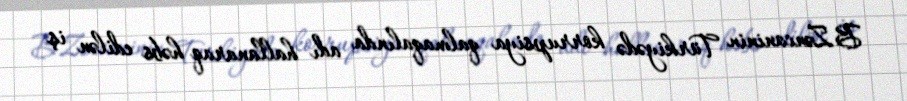
B.Zəncaninin Türkiyədə korrupsiya qalmaqalında adı hallanaraq həbs edilən iş